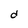
Character: d